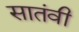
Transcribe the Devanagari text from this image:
सातंवी